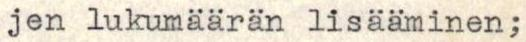
jen lukumäärän lisääminen;